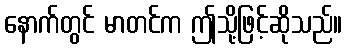
နောက်တွင် မာတင်က ဤသို့ဖြင့်ဆိုသည်။